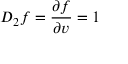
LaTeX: D _ { 2 } f = { \frac { \partial f } { \partial v } } = 1